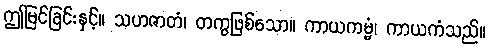
ဤမြင်ခြင်းနှင့်။ သဟဇာတံ၊ တကွဖြစ်သော။ ကာယကမ္မံ၊ ကာယကံသည်။